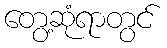
တွေ့ဆုံရာတွင်